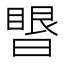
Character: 𰖥